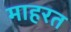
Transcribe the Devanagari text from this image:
माहरत